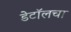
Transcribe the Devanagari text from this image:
डेटॉलचा